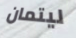
ليتمان